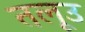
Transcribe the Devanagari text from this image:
तलूउ